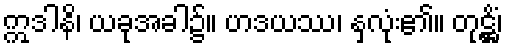
ဣဒါနိ၊ ယခုအခါ၌။ ဟဒယဿ၊ နှလုံး၏။ တုဋ္ဌိံ၊